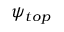
\psi _ { t o p }